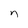
Character: n